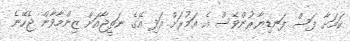
ކަމަށާ ފަސް ފަނޑިޔާރުންވެސް އެ އަމުރަށް އަދި އޭގެ ނަތީޖާއަށް ޒިންމާވާން ޖެހޭނެ